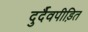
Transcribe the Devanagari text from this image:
दुर्दैवपीड़ित